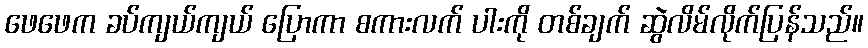
ဖေဖေက ခပ်ကျယ်ကျယ် ပြောကာ စကားလက် ပါးကို တစ်ချက် ဆွဲလိမ်လိုက်ပြန်သည်။